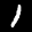
Label: 1